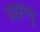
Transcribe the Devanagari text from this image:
इझाथु